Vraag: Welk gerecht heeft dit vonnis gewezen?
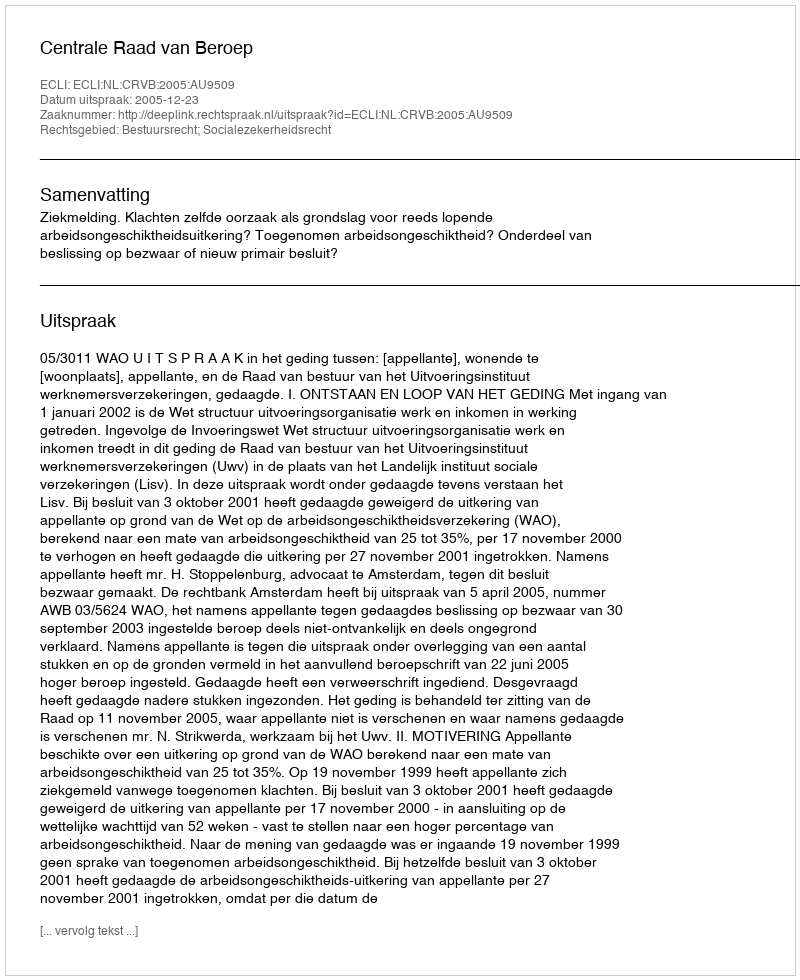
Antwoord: Centrale Raad van Beroep